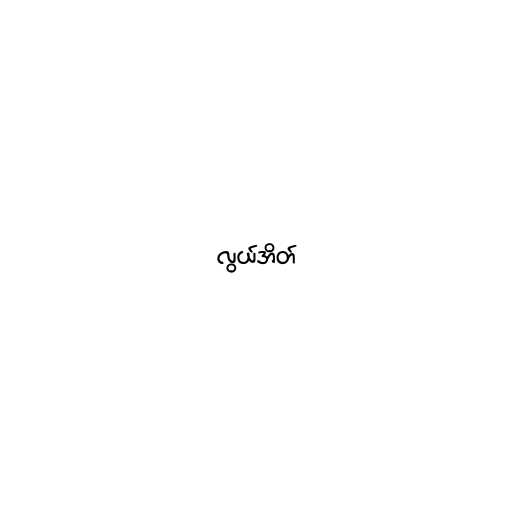
လွယ်အိတ်